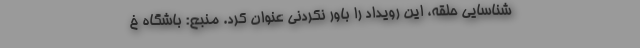
شناسایی حلقه، این رویداد را باور نکردنی عنوان کرد. منبع: باشگاه خ